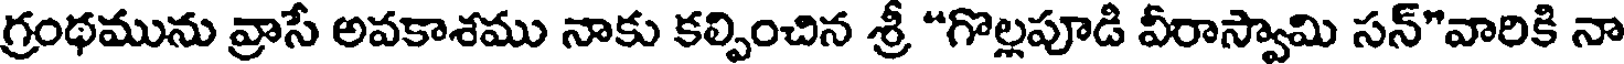
గ్రంథమును వ్రాసే అవకాశము నాకు కల్పించిన శ్రీ "గొల్లపూడి వీరాస్వామి సన్"వారికి నా